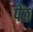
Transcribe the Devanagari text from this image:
पेंठ